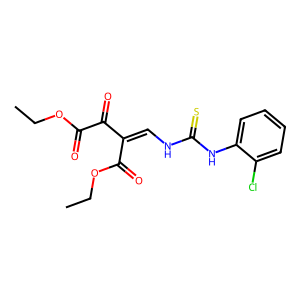
SMILES: CCOC(=O)C(=O)C(=CNC(=S)Nc1ccccc1Cl)C(=O)OCC
Inhibits HIV replication: No